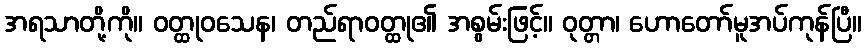
အရသာတို့ကို။ ဝတ္ထုဝသေန၊ တည်ရာဝတ္ထု၏ အစွမ်းဖြင့်။ ဝုတ္တာ၊ ဟောတော်မူအပ်ကုန်ပြီ။